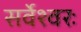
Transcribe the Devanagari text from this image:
सर्वेश्वरः